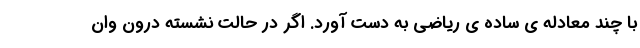
با چند معادله ی ساده ی ریاضی به دست آورد. اگر در حالت نشسته درون وان